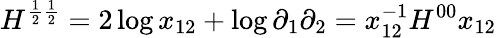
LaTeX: H^{\frac{1}{2}\frac{1}{2}}=2\log x_{12}+\log\partial_{1}\partial_{2}=x_{12}^{-1}H^{00}x_{12}